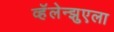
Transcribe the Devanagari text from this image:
व्हॅलेन्झुएला